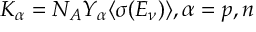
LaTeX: K _ { \alpha } = N _ { A } Y _ { \alpha } \langle \sigma ( E _ { \nu } ) \rangle , \alpha = p , n